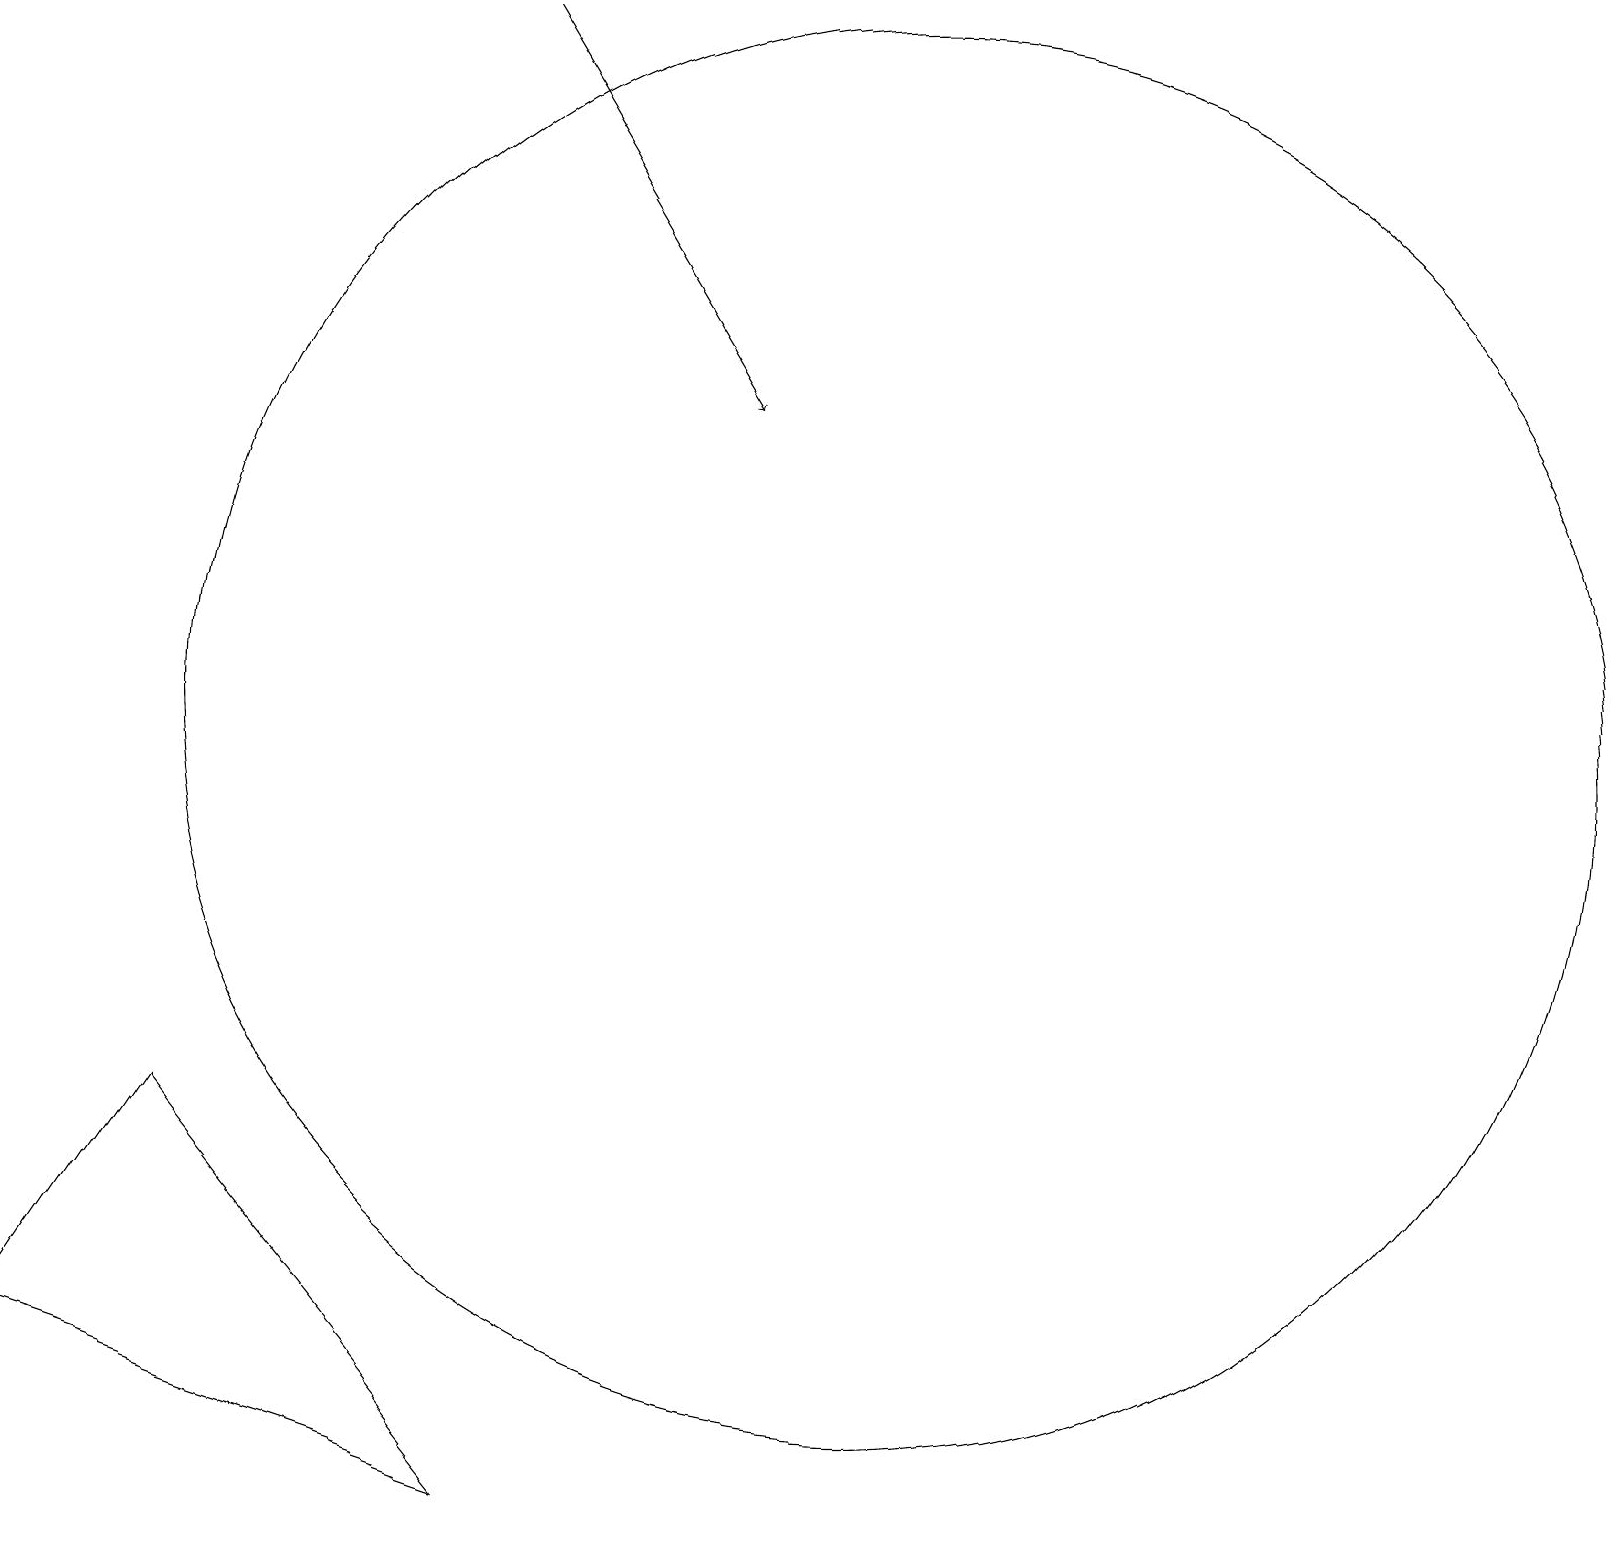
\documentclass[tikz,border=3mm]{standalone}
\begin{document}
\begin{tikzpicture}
\draw (11,10) circle (9);
\draw[->] (6,19) -- (9,14);
\draw (2,5) -- (6,0) -- (0,2) -- cycle;
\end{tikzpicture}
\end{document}